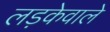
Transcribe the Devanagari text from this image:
लड़केवाले